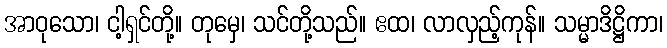
အာဝုသော၊ ငါ့ရှင်တို့။ တုမှေ၊ သင်တို့သည်။ ဧထ၊ လာလှည့်ကုန်။ သမ္မာဒိဋ္ဌိကာ၊